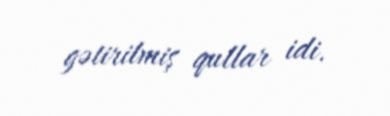
gətirilmiş qullar idi.